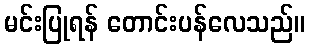
မင်းပြုရန် တောင်းပန်လေသည်။